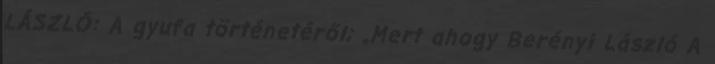
LÁSZLÓ: A gyufa történetéről; „Mert ahogy Berényi László A